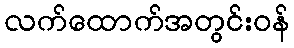
လက်ထောက်အတွင်းဝန်